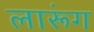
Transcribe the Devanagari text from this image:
लारूंग